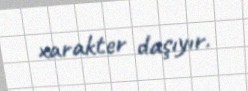
xarakter daşıyır.